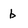
Character: b